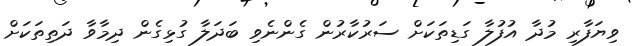
ވިޔަފާރި މުދާ އުފުލާ ގަޑިތަކަށް ސަރުކާރުން ގެންނެވި ބަދަލާ ގުޅިގެން ދިމާވާ ދަތިތަކަށް